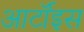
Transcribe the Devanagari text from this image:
आर्टॉइस